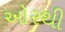
ઓરથી